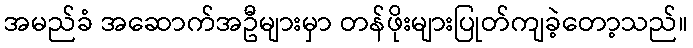
အမည်ခံ အဆောက်အဦများမှာ တန်ဖိုးများပြုတ်ကျခဲ့တော့သည်။